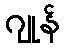
ဂျုန်